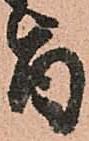
旨